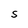
Character: s